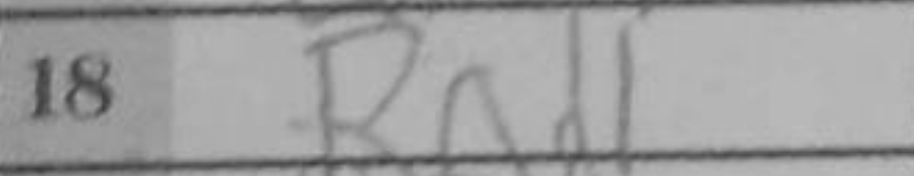
Transcription: Rad1